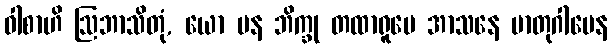
ဝါစာဟိ ဩဘာသိတုံ, ယော ပန ဘိက္ခု တထာရူပေ အာသနေ မာတုဂါမေန